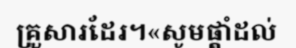
គ្រួសារដែរ។«សូមផ្តាំដល់